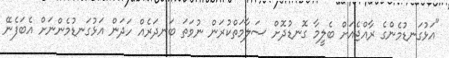
"އަޅުގަނޑުމެންގެ ރާއްޖެއަށް ބެލީމާ ގޮނޑުދޮށް ސަލާމަތްކުރަން ނުވަތަ ބަނދަރެއް ހަދަން އަޅުގަނޑުމެންނަށް އެބަފެނޭ